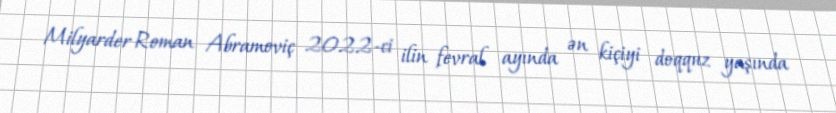
Milyarder Roman Abramoviç 2022-ci ilin fevral ayında ən kiçiyi doqquz yaşında